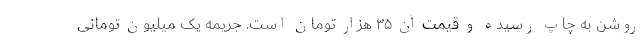
روشن به چاپ رسیده و قیمت آن ۳۵ هزار تومان است. جریمه یک میلیون تومانی